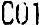
C01